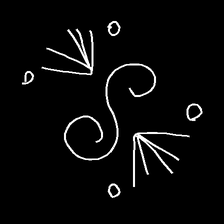
Glyph: aeroform